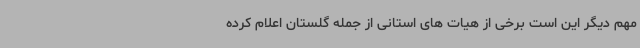
مهم دیگر این است برخی از هیات های استانی از جمله گلستان اعلام کرده